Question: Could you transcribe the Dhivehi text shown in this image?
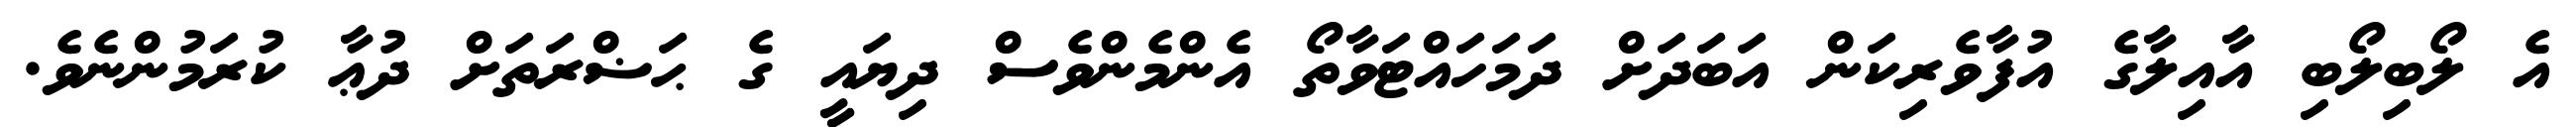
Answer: އެ ލޯބިލޯބި އާއިލާގެ އުފާވެރިކަން އަބަދަށް ދަމަހައްޓަވާތޯ އެންމެންވެސް ދިޔައީ ގެ ޙަޟްރަތަށް ދުޢާ ކުރަމުންނެވެ.